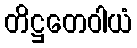
တိဋ္ဌတေဝါယံ